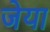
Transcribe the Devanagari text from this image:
जेया